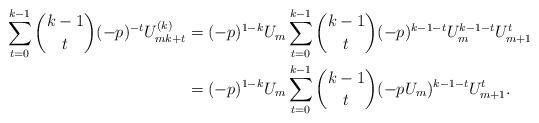
LaTeX: \begin{align*}\sum_{t=0}^{k-1}\binom{k-1}{t}(-p)^{-t}U_{mk+t}^{(k)}&=(-p)^{1-k}U_{m}\sum_{t=0}^{k-1}\binom{k-1}{t}(-p)^{k-1-t}U_{m}^{k-1-t}U_{m+1}^{t} \\&=(-p)^{1-k}U_{m}\sum_{t=0}^{k-1}\binom{k-1}{t}(-pU_{m})^{k-1-t}U_{m+1}^{t}.\end{align*}